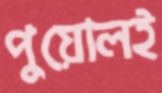
পুয়োলই